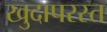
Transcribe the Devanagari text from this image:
खुदापरस्त